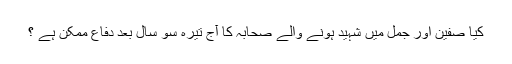
کیا صفین اور جمل میں شہید ہونے والے صحابہ کا آج تیرہ سو سال بعد دفاع ممکن ہے ؟